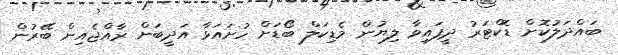
ބައްދަލުކޮށް ޑޮކްޓަރު ދީފައިވާ ލިޔުން މެޑިކަލް ބޯޑަށް ހުށައަޅާ އަދީބަށް ރާއްޖެއިން ބޭރުން